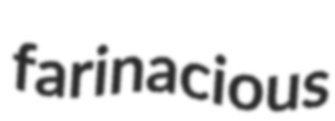
farinacious